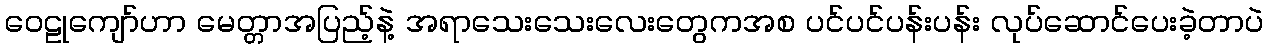
ဝေဠုကျော်ဟာ မေတ္တာအပြည့်နဲ့ အရာသေးသေးလေးတွေကအစ ပင်ပင်ပန်းပန်း လုပ်ဆောင်ပေးခဲ့တာပဲ